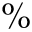
\%